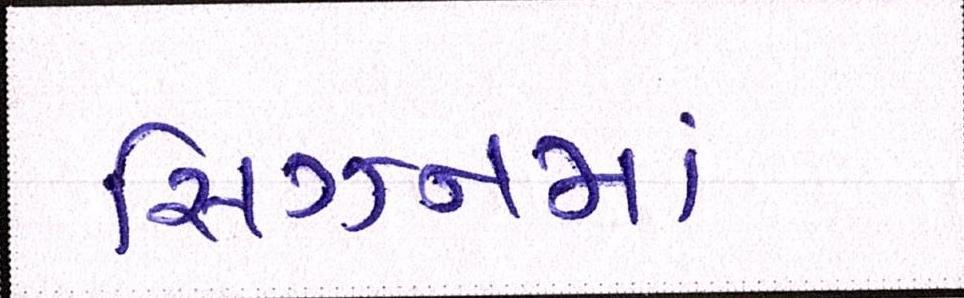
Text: સિઝનમાં